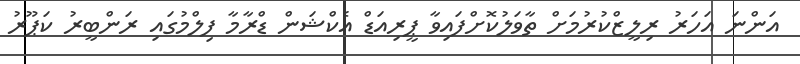
އަންނަ އަހަރު ރިލީޒްކުރުމަށް ތާވަލުކޮށްފައިވާ ޕީރިއަޑް އެކްޝަން ޑްރާމާ ފިލްމުގައި ރަންބީރު ކަޕޫރު